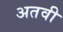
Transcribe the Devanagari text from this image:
अतवी